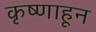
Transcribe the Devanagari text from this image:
कृष्णाहून